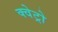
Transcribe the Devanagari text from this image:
क्वेट्रो